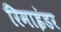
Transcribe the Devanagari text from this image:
रिमाइंडर